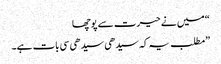
“ میں نے حیرت سے پوچھا
”مطلب یہ کہ سیدھی سیدھی سی بات ہے۔